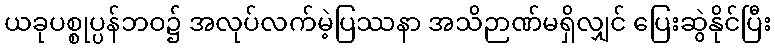
ယခုပစ္စုပ္ပန်ဘဝ၌ အလုပ်လက်မဲ့ပြဿနာ အသိဉာဏ်မရှိလျှင် ပြေးဆွဲနိုင်ပြီး